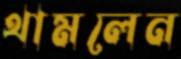
থামলেন